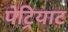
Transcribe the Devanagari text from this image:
पेट्रियाट